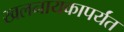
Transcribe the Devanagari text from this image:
खलनायकापर्यंत